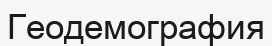
Геодемография